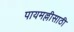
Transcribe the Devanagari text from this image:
पायमल्लीसाठी